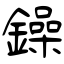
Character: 鐰